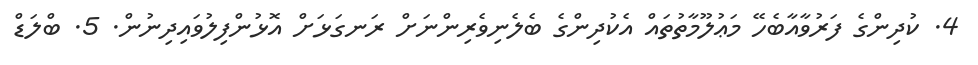
4. ކުދިންގެ ފަރުވާއާބެހޭ މަޢުލޫމާތުތައް އެކުދިންގެ ބެލެނިވެރިންނަށް ރަނގަޅަށް އޮޅުންފިލުވައިދިނުން. 5. ބްލަޑް